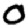
Digit: 0